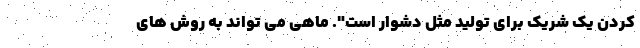
کردن یک شریک برای تولید مثل دشوار است". ماهی می تواند به روش های